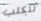
للكلب